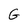
Character: G